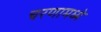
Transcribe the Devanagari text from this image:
चरणामध्ये